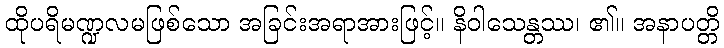
ထိုပရိမဏ္ဍလမဖြစ်သော အခြင်းအရာအားဖြင့်။ နိဝါသေန္တဿ၊ ၏။ အနာပတ္တိ